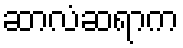
ဆာလံဆရာက